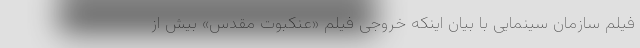
فیلم سازمان سینمایی با بیان اینکه خروجی فیلم «عنکبوت مقدس» بیش از